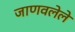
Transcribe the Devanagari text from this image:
जाणवलेले